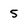
Character: 5